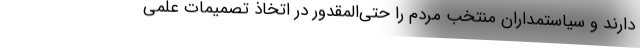
دارند و سیاستمداران منتخب مردم را حتی‌المقدور در اتخاذ تصمیمات علمی